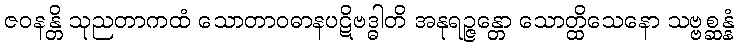
ဇဝနန္တိ သုညတာကထံ သောတာဝဓာနပဋိဗဒ္ဓါတိ အနုရဉ္ဇန္တော သောတ္ထိသေနော သဗ္ဗစ္ဆန္နံ